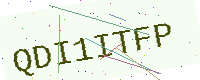
Text: QDI1ITFP